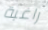
راغبة